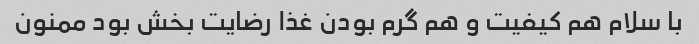
با سلام هم کیفیت و هم گرم بودن غذا رضایت بخش بود ممنون